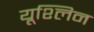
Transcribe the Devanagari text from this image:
यूश्लिन